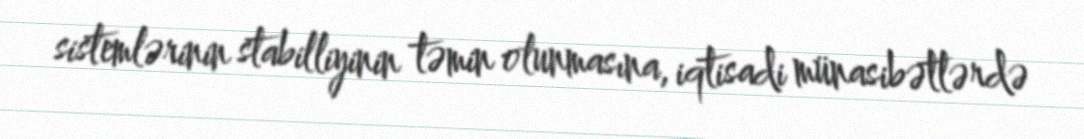
sistemlərinin stabilliyinin təmin olunmasına, iqtisadi münasibətlərdə